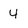
Character: 4